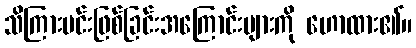
သိကြားမင်းဖြစ်ခြင်းအကြောင်းများကို ဟောထား၏။